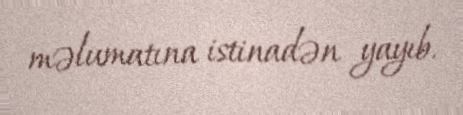
məlumatına istinadən yayıb.